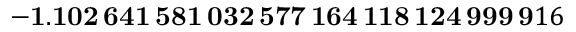
\mathbf { - 1 . 1 0 2 \, 6 4 1 \, 5 8 1 \, 0 3 2 \, 5 7 7 \, 1 6 4 \, 1 1 8 \, 1 2 4 \, 9 9 9 \, 9 } 1 6